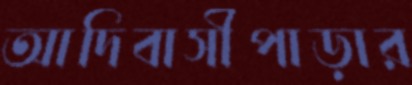
আদিবাসীপাড়ার